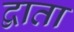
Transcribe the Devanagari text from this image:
द्वाता